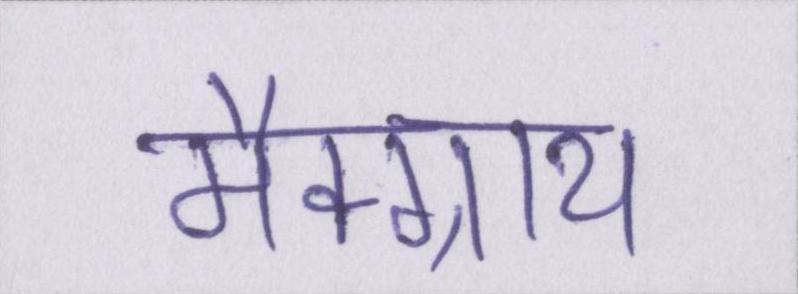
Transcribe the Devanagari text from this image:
मैक्ग्राथ